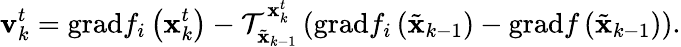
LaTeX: \mathbf{v}_{k}^{t}=\mathrm{grad}f_{i}\left(\mathbf{x}_{k}^{t}\right)-\mathcal{T}_{\tilde{\mathbf{x}}_{k-1}}^{\mathbf{x}_{k}^{t}}\left(\mathrm{grad}f_{i}\left(\tilde{\mathbf{x}}_{k-1}\right)-\mathrm{grad}f\left(\tilde{\mathbf{x}}_{k-1}\right)\right).